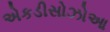
એકડીસોઝોઆ